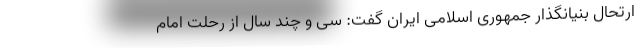
ارتحال بنیانگذار جمهوری اسلامی ایران گفت: سی و چند سال از رحلت امام